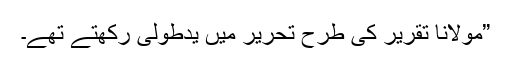
”مولانا تقریر کی طرح تحریر میں یدطولیٰ رکھتے تھے۔